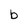
Character: b